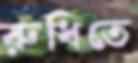
রুধিতে